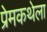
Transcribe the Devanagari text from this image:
प्रेमकथेला